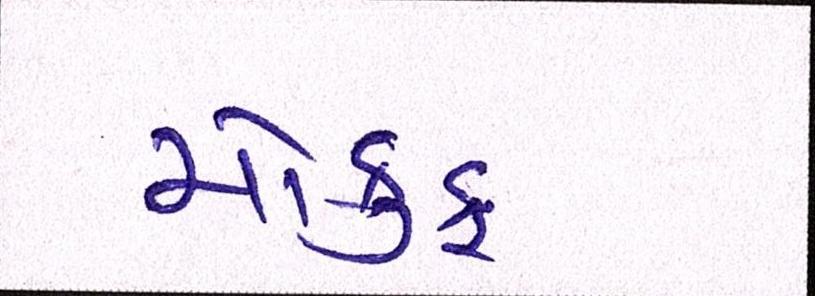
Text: મોકુફ